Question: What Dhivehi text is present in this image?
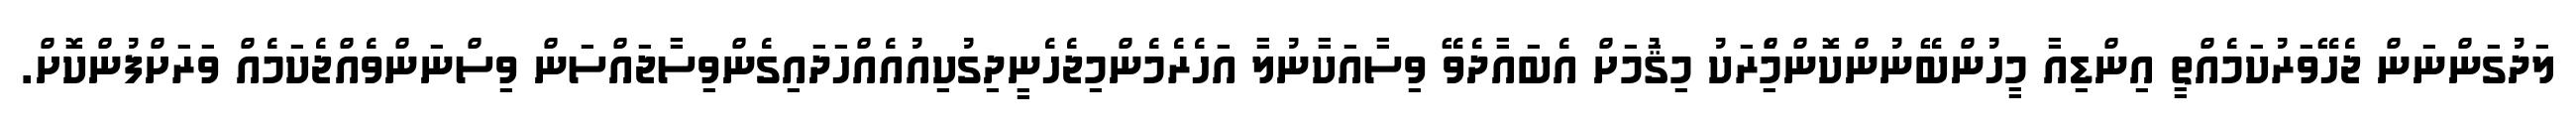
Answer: ލަދުގަންނަން ޖެހޭވަރުކަމެއްތީ އިންޑިއާ މީހުންބޭނުންކޮންމެްިރަކު މިޤަުމަށް އެބައާދެވޭ ވިސާއަކާނުލާ އަހެރެމެންމިޖެހެނީދިގުކިއުއެއްހަދައިގެންވިސާޖައްސަން ވިސްނަންވެއްޖެކަމެއް ވަރަށްފުންކޮށް.